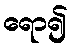
ရော၍